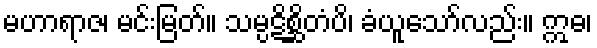
မဟာရာဇ၊ မင်းမြတ်။ သမ္ပဋိစ္ဆိတံပိ၊ ခံယူသော်လည်း။ ဣဓ၊